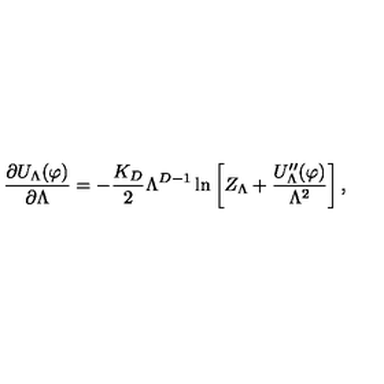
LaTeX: \frac { \partial U _ { \Lambda } ( \varphi ) } { \partial \Lambda } = - \frac { K _ { D } } { 2 } \Lambda ^ { D - 1 } \ln \left[ Z _ { \Lambda } + \frac { U _ { \Lambda } ^ { \prime \prime } ( \varphi ) } { \Lambda ^ { 2 } } \right] ,